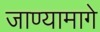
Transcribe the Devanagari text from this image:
जाण्यामागे